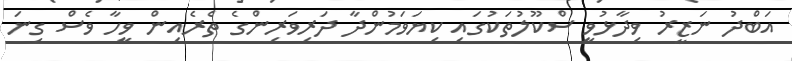
އަބްދު ނަޒީރު ވިދާޅުވީ ސްކޫލުތަކުގައި ކިޔަވަމުންދާ ދަރިވަރިންގެ ތެރެއިން ވީހާ ވެސް ގިނަ